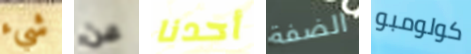
شيء عن أحدنا الضفة كولومبو